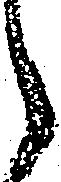
之